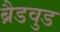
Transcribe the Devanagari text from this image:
ब्रैडवुड